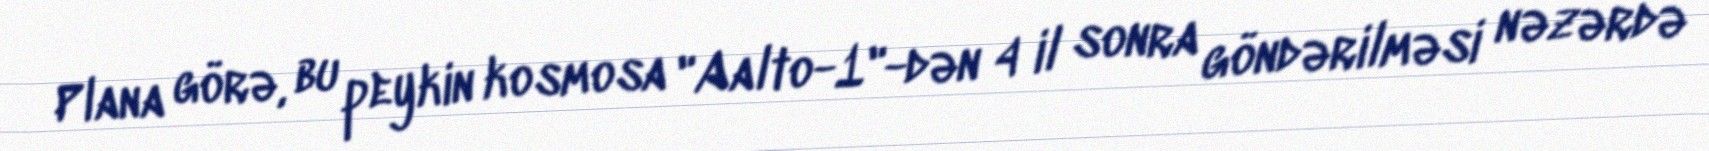
Plana görə, bu peykin kosmosa "Aalto-1"-dən 4 il sonra göndərilməsi nəzərdə